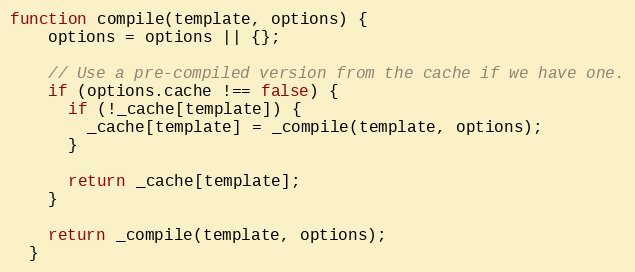
Language: JavaScript
function compile(template, options) {
    options = options || {};

    // Use a pre-compiled version from the cache if we have one.
    if (options.cache !== false) {
      if (!_cache[template]) {
        _cache[template] = _compile(template, options);
      }

      return _cache[template];
    }

    return _compile(template, options);
  }